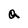
Character: a